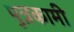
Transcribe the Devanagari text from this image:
पुत्रकामी